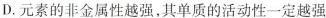
D.元素的非金属性越强，其单质的活动性一定越强